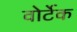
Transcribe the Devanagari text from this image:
वोर्टेक